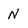
Character: N